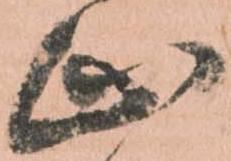
止